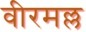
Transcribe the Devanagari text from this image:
वीरमल्ल